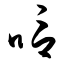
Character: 唁